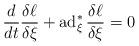
LaTeX: \begin{align*}\frac{d}{dt}\frac{\delta\ell}{\delta \xi}+\operatorname{ad}^*_\xi\frac{\delta\ell}{\delta\xi}=0\end{align*}